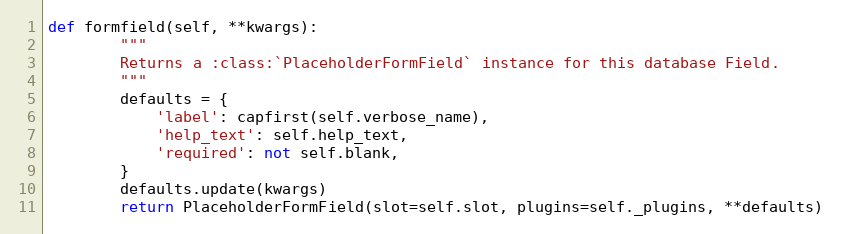
Language: Python
def formfield(self, **kwargs):
        """
        Returns a :class:`PlaceholderFormField` instance for this database Field.
        """
        defaults = {
            'label': capfirst(self.verbose_name),
            'help_text': self.help_text,
            'required': not self.blank,
        }
        defaults.update(kwargs)
        return PlaceholderFormField(slot=self.slot, plugins=self._plugins, **defaults)